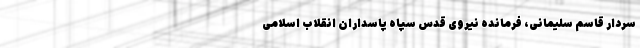
سردار قاسم سلیمانی، فرمانده نیروی قدس سپاه پاسداران انقلاب اسلامی